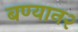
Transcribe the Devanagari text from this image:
बण्यान२